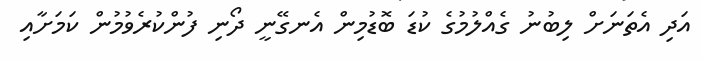
އަދި އެތަނަށް ލިބުނު ގެއްލުމުގެ ކުޑަ ބޮޑުމިން އެނގޭނީ ދޯނި ފުންކުރެވުމުން ކަމަށާއި